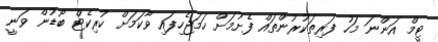
ޓީމް އަންނަ މަހު ފަރިތަކުރުންތައް ފެށުމަށް ހަމަޖެހިފައި ވާކަމަށް ކުރިކެޓް ބޯޑުން ވަނީ